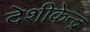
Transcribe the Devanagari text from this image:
देशीकेन्द्र